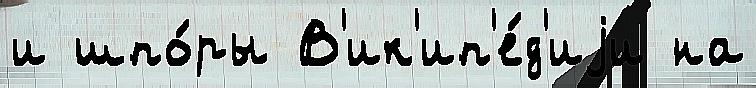
и шпо́ры В'ик'ип'е́д'иjи на